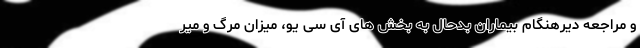
و مراجعه دیرهنگام بیماران بدحال به بخش های آی سی یو، میزان مرگ و میر